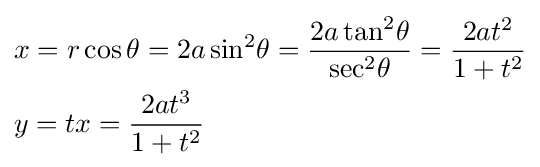
{\begin{aligned}&x=r\cos \theta =2a\sin ^{2}\!\theta ={\frac {2a\tan ^{2}\!\theta }{\sec ^{2}\!\theta }}={\frac {2at^{2}}{1+t^{2}}}\\&y=tx={\frac {2at^{3}}{1+t^{2}}}\end{aligned}}